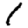
Digit: 1